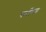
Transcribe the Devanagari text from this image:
कनींघम